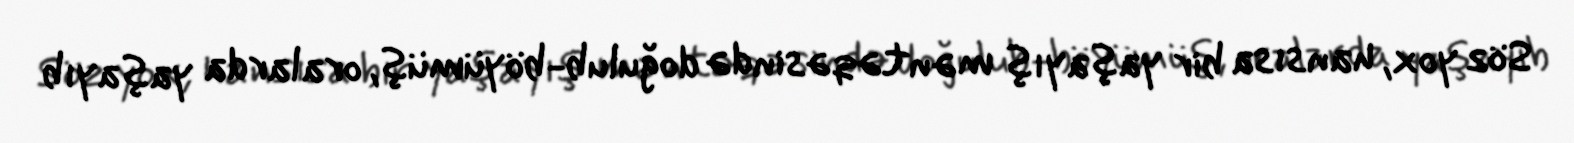
Söz yox, hansısa bir yaşayış məntəqəsində doğulub-böyümüş, oralarda yaşayıb